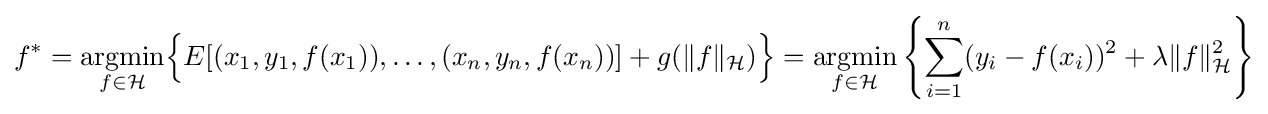
f^{*}={\underset {f\in {\mathcal {H}}}{\operatorname {argmin} }}{\Big \{}E[(x_{1},y_{1},f(x_{1})),\dots ,(x_{n},y_{n},f(x_{n}))]+g(\|f\|_{\mathcal {H}}){\Big \}}={\underset {f\in {\mathcal {H}}}{\operatorname {argmin} }}\left\{\sum _{i=1}^{n}(y_{i}-f(x_{i}))^{2}+\lambda \|f\|_{\mathcal {H}}^{2}\right\}